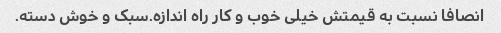
انصافا نسبت به قیمتش خیلی خوب و کار راه اندازه.سبک و خوش دسته.